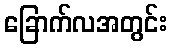
ခြောက်လအတွင်း